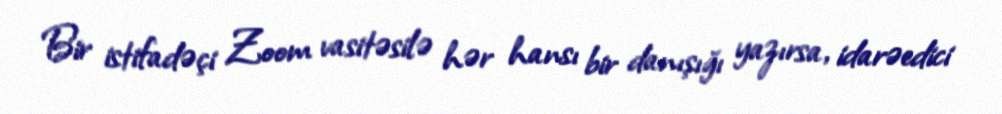
Bir istifadəçi Zoom vasitəsilə hər hansı bir danışığı yazırsa, idarəedici